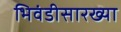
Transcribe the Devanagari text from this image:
भिवंडीसारख्या